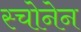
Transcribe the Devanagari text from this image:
स्चोनेन